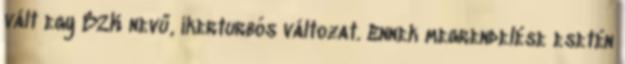
vált egy B2K nevű, ikerturbós változat. Ennek megrendelése esetén